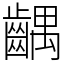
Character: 齵